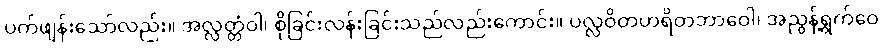
ပက်ဖျန်းသော်လည်း။ အလ္လတ္တံဝါ၊ စိုခြင်းလန်းခြင်းသည်လည်းကောင်း။ ပလ္လဝိတဟရိတဘာဝေါ၊ အညွန့်ရွက်ဝေ